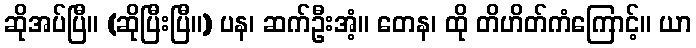
ဆိုအပ်ပြီ။ (ဆိုပြီးပြီ။) ပန၊ ဆက်ဦးအံ့။ တေန၊ ထို တိဟိတ်ကံကြောင့်။ ယာ